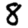
Digit: 8